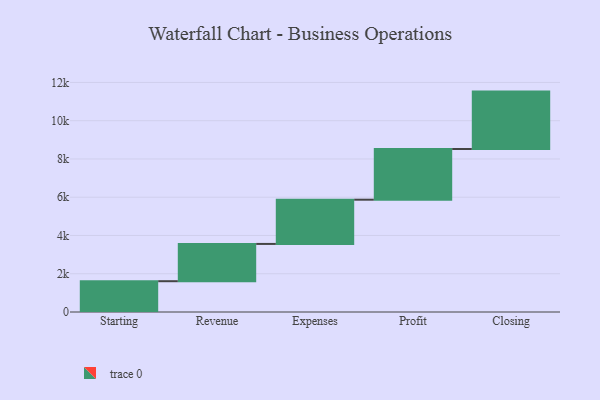
{"axis": {"x": "Step", "y": "Value"}, "legend": [""], "data": [{"x": "Starting", "y": 1610.0, "type": ""}, {"x": "Revenue", "y": 1948.0, "type": ""}, {"x": "Expenses", "y": 2313.0, "type": ""}, {"x": "Profit", "y": 2650.0, "type": ""}, {"x": "Closing", "y": 3000, "type": ""}]}